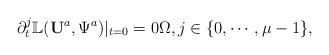
LaTeX: \begin{align*}\partial^j_t\mathbb{L}({\mathbf U}^a,\Psi^a)|_{t=0}=0 \Omega, j\in \{0,\cdots, \mu-1\},\end{align*}